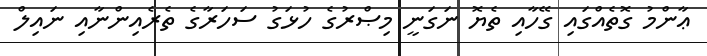
ޢާންމު ގޮތެއްގައި ގޭހާއި ތެޔޮ ނަގަނީ މިޞްރުގެ ހުޅަގު ސަހަރާގެ ތެރެއިންނާއި ނައިލް